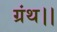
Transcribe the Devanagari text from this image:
ग्रंथ।।